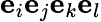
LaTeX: \mathbf{e}_{i}\mathbf{e}_{j}\mathbf{e}_{k}\mathbf{e}_{l}